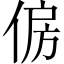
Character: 𠉱